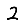
Digit: 2